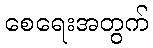
စေရေးအတွက်